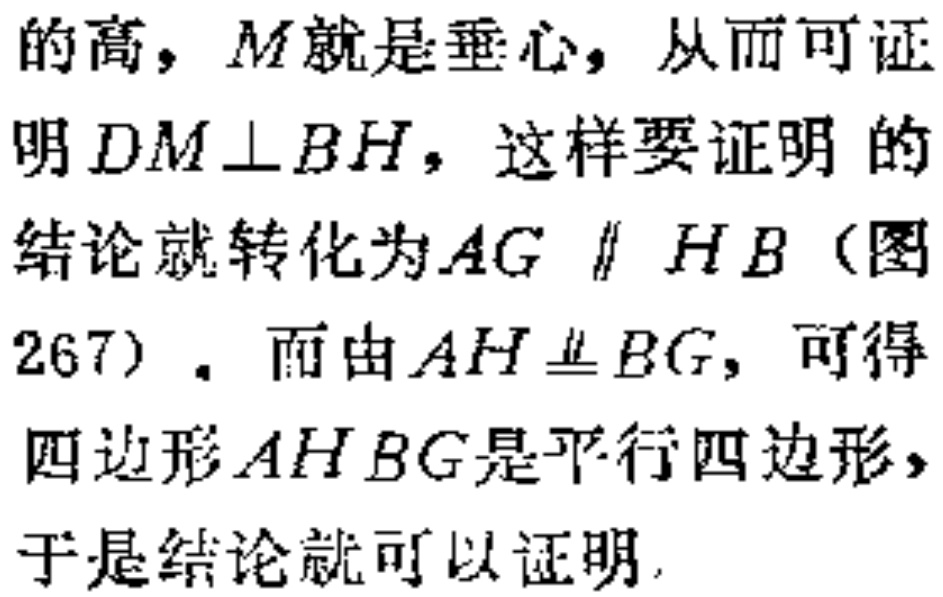
的高，\(M\)就是垂心，从而可证明 \(DM\perp BH\)，这样要证明的结论就转化为\(AG \parallel HB\)（图267）. 而由\(AH \underline{\underline{\parallel}} BG\)，可得四边形\(AHBG\)是平行四边形，于是结论就可以证明.